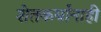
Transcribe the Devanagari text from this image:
शेतकर्यांनाही